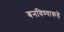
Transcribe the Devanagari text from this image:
बनविण्याकडे